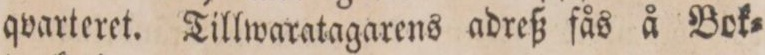
qvarteret. Tillwaratagarens adreß fås å Bok=